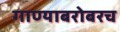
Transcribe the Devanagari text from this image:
गाण्याबरोबरच